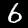
Digit: 6